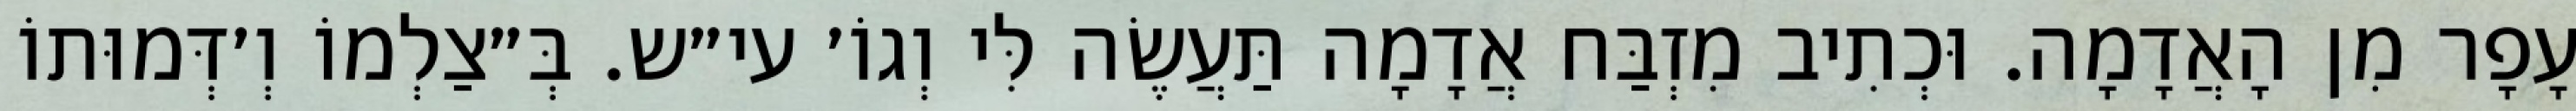
עָפָר מִן הָאֲדָמָה. וּכְתִיב מִזְבַּח אֲדָמָה תַּעֲשֶׂה לִּי וְגוֹ׳ עי״ש. בְּ״צַלְמוֹ וְ׳דְּמוּתוֹ